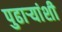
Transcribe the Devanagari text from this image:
पुढाऱ्यांशी